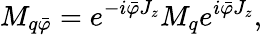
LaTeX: M_{q\bar{\varphi}}=e^{-i\bar{\varphi}J_{z}}M_{q}e^{i\bar{\varphi}J_{z}},